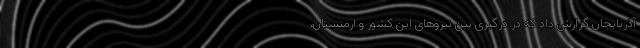
آذربایجان گزارش داد که در درگیری بین نیروهای این کشور و ارمنستان،